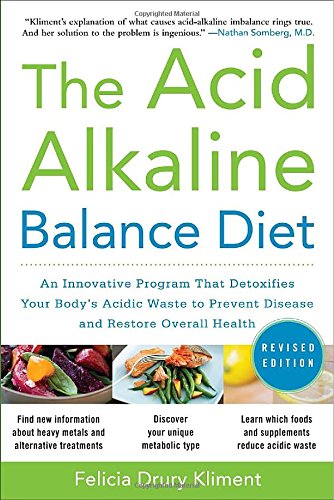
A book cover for The Acid Alkaline Balance Diet, Second Edition: An Innovative Program that Detoxifies Your Body's Acidic Waste to Prevent Disease and Restore Overall Health; Felicia Kliment; Health, Fitness & Dieting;